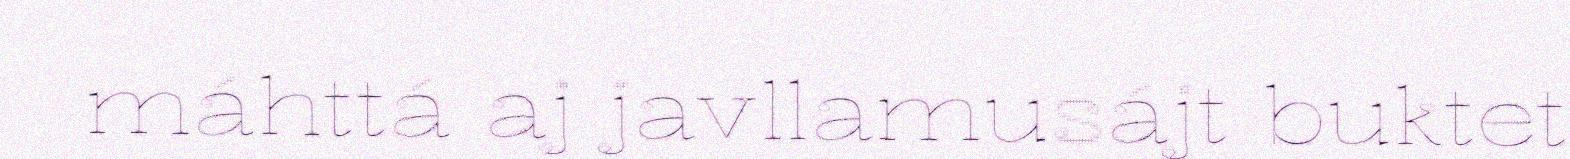
máhttá aj javllamusájt buktet